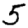
Digit: 5